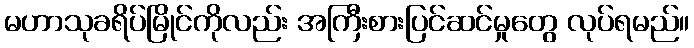
မဟာသုခရိပ်မြိုင်ကိုလည်း အကြီးစားပြင်ဆင်မှုတွေ လုပ်ရမည်။